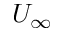
U _ { \infty }